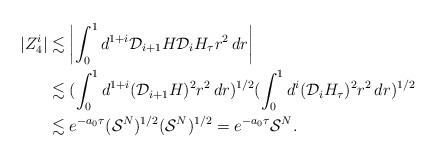
LaTeX: \begin{align*}|Z^i_4| & \lesssim \left| \int_0^1 d^{1+i} \mathcal{D}_{i+1} H \mathcal{D}_i H_\tau r^2 \, dr \right| \\& \lesssim ( \int_0^1 d^{1+i} (\mathcal{D}_{i+1} H)^2 r^2 \, dr )^{1/2} (\int_0^1 d^i (\mathcal{D}_i H_\tau)^2 r^2 \, dr)^{1/2} \\& \lesssim e^{-a_0 \tau} (\mathcal{S}^N)^{1/2} (\mathcal{S}^N)^{1/2} = e^{-a_0 \tau} \mathcal{S}^N.\end{align*}